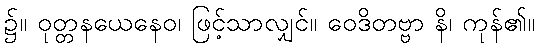
၌။ ဝုတ္တနယေနေဝ၊ ဖြင့်သာလျှင်။ ဝေဒိတဗ္ဗာ နိ၊ ကုန်၏။